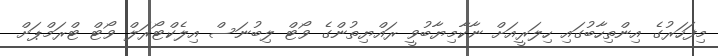
މިފަހަރުގެ އިންތިހާބުގައި ހިލަރީއަށް ނާކާމިޔާބުވީ ރައްޔިތުންގެ ވޯޓް ލިބުނަސް އިލެކްޓޯރަލް ވޯޓް ޓްރަމްޕަށް